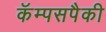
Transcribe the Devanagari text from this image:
कॅम्पसपैकी